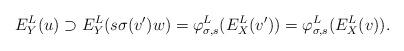
LaTeX: \begin{align*}E^L_Y(u) \supset E^L_Y(s \sigma(v')w) = \varphi_{\sigma, s}^L(E^L_X(v')) = \varphi_{\sigma, s}^L(E^L_X(v)).\end{align*}